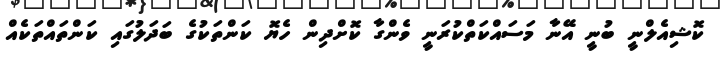
ކޮޝިއެލްނީ ބުނީ އޭނާ މަސައްކަތްކުރަނީ ވެންގާ ކޮށްދިން ހެޔޮ ކަންތަކުގެ ބަދަލުގައި ކަންތައްތަކެއް